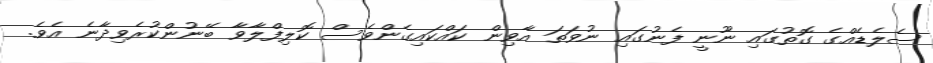
ސެލެޑެއްގެ ގޮތުގައި ނޫނީ ފެނުގައި ނުވަތަ އާވިން ކައްކައިގެންވެސް ކޮލިފްލާވާ ބޭނުންކުރެވިދާނެ އެވެ.